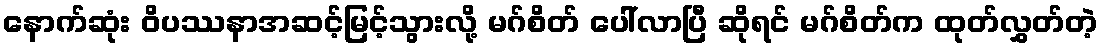
နောက်ဆုံး ဝိပဿနာအဆင့်မြင့်သွားလို့ မဂ်စိတ် ပေါ်လာပြီ ဆိုရင် မဂ်စိတ်က ထုတ်လွှတ်တဲ့